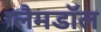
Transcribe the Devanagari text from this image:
ग्लैमडॉल